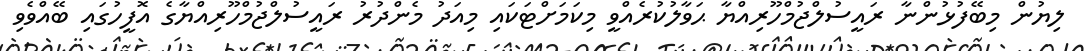
ލިޔުން މިބޭފުޅުންނާ ރައީސުލްޖުމްހޫރިއްޔާ ޙަވާލުކުރެއްވީ މިކަމަށްޓަކައި މިއަދު މެންދުރު ރައީސުލްޖުމްހޫރިއްޔާގެ އޮފީހުގައި ބޭއްވެވި